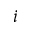
i